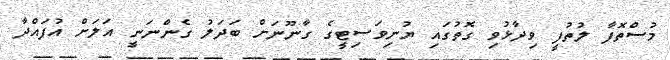
މުސްތޮފާ ލުތުފީ ވިދާޅުވި ގޮތުގައި ޔުނިވަސިޓީގެ ގާނޫނަށް ބަދަލު ގެންނަނީ އަލަށް އުފައްދާ